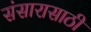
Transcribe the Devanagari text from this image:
संसारासाठी